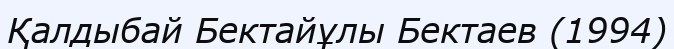
Қалдыбай Бектайұлы Бектаев (1994)